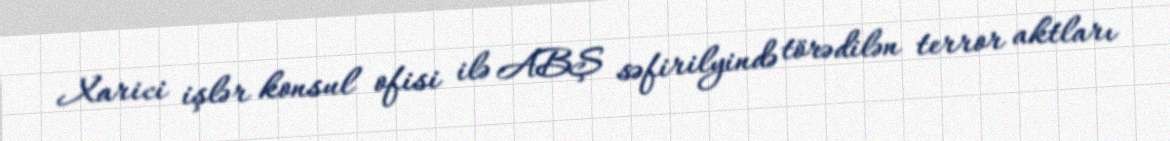
Xarici işlər konsul ofisi ilə ABŞ səfirilyində törədilən terror aktları